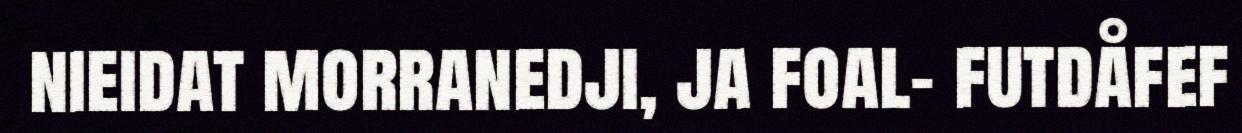
nieidat morranedji, ja foal- futdåfef